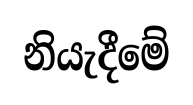
නියැදීමේ